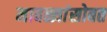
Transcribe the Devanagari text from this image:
मावळ्यांसोबत